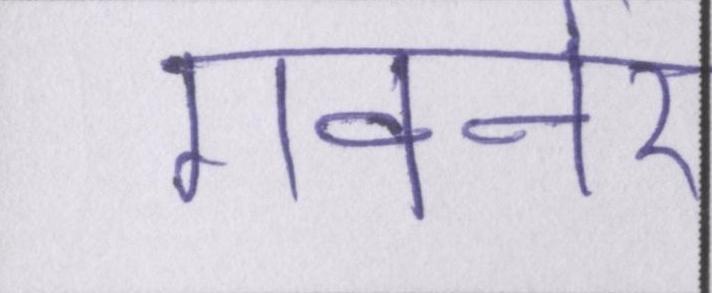
गवर्नर